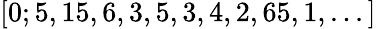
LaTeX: [0;5,15,6,3,5,3,4,2,65,1,...]